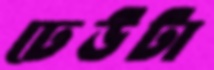
ঢেউটা